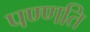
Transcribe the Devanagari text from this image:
पण्णति